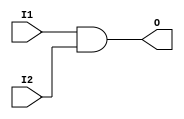
`timescale 1ns/1ps
`default_nettype none
// PLEASE READ THIS, IT MAY SAVE YOU SOME TIME AND MONEY, THANK YOU!
// * This file was generated by Quokka FPGA Toolkit.
// * Generated code is your property, do whatever you want with it
// * Place custom code between [BEGIN USER ***] and [END USER ***].
// * CAUTION: All code outside of [USER] scope is subject to regeneration.
// * Bad things happen sometimes in developer's life,
//   it is recommended to use source control management software (e.g. git, bzr etc) to keep your custom code safe'n'sound.
// * Internal structure of code is subject to change.
//   You can use some of signals in custom code, but most likely they will not exist in future (e.g. will get shorter or gone completely)
// * Please send your feedback, comments, improvement ideas etc. to evmuryshkin@gmail.com
// * Visit https://github.com/EvgenyMuryshkin/QuokkaEvaluation to access latest version of playground
//
// DISCLAIMER:
//   Code comes AS-IS, it is your responsibility to make sure it is working as expected
//   no responsibility will be taken for any loss or damage caused by use of Quokka toolkit.
//
// System configuration name is ModuleSignalsMuxModule_TopLevel_AndGate, clock frequency is 1Hz, Embedded
// FSM summary
// -- Packages
module ModuleSignalsMuxModule_TopLevel_AndGate
(
	// [BEGIN USER PORTS]
	// [END USER PORTS]
	input wire I1,
	input wire I2,
	output wire O
);
	// [BEGIN USER SIGNALS]
	// [END USER SIGNALS]
	localparam HiSignal = 1'b1;
	localparam LoSignal = 1'b0;
	wire Zero = 1'b0;
	wire One = 1'b1;
	wire true = 1'b1;
	wire false = 1'b0;
	wire Inputs_I1;
	wire Inputs_I2;
	wire AndGateModule_L7F26T48_Expr;
	wire AndGateModule_L7F26T48_Expr_1;
	wire AndGateModule_L7F26T48_Expr_2;
	assign AndGateModule_L7F26T48_Expr = AndGateModule_L7F26T48_Expr_1 & AndGateModule_L7F26T48_Expr_2;
	assign AndGateModule_L7F26T48_Expr_1 = Inputs_I1;
	assign AndGateModule_L7F26T48_Expr_2 = Inputs_I2;
	assign Inputs_I1 = I1;
	assign Inputs_I2 = I2;
	assign O = AndGateModule_L7F26T48_Expr;
	// [BEGIN USER ARCHITECTURE]
	// [END USER ARCHITECTURE]
endmodule